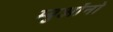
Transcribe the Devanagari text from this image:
म्युओंनो